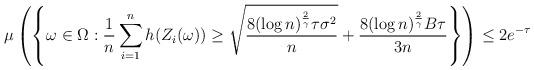
LaTeX: \begin{align*}\mu \left( \left\{ \omega \in \Omega : \frac{1}{n} \sum_{i=1}^n h(Z_i(\omega)) \geq \sqrt{\frac{8 (\log n)^{\frac{2}{\gamma}} \tau \sigma^2}{n}} + \frac{8 (\log n)^{\frac{2}{\gamma}} B \tau}{3 n} \right\} \right) \leq 2 e^{- \tau} \end{align*}